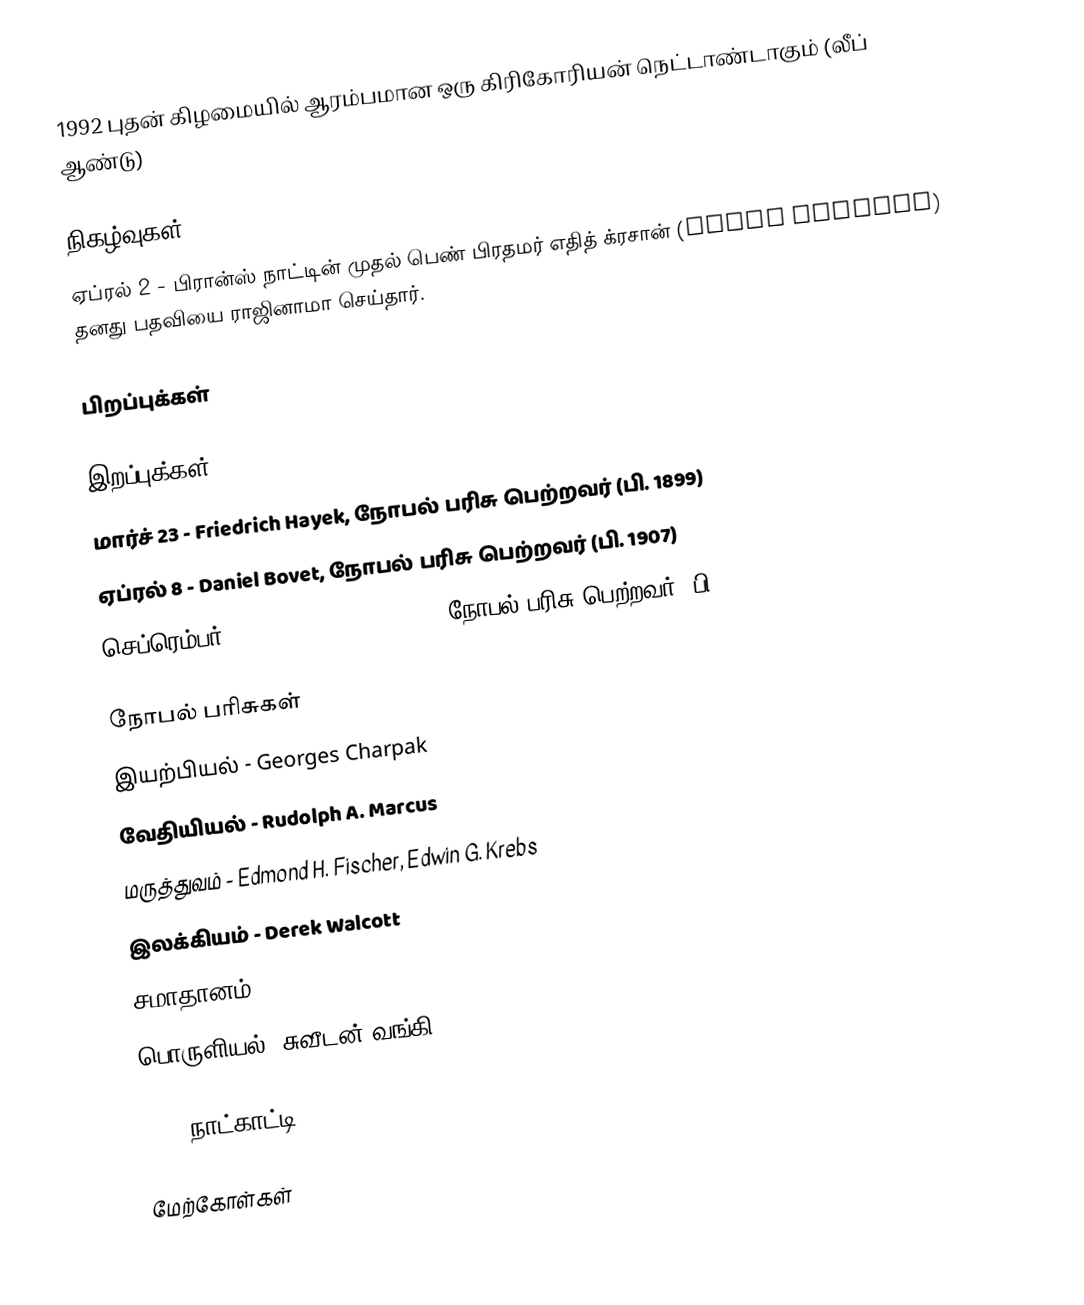
1992 புதன் கிழமையில் ஆரம்பமான ஒரு கிரிகோரியன் நெட்டாண்டாகும் (லீப் ஆண்டு)

நிகழ்வுகள்
 ஏப்ரல் 2 - பிரான்ஸ் நாட்டின் முதல் பெண் பிரதமர் எதித் க்ரசான் (Édith Cresson) தனது பதவியை ராஜினாமா செய்தார்.

பிறப்புக்கள்

இறப்புக்கள்
 மார்ச் 23 - Friedrich Hayek, நோபல் பரிசு பெற்றவர் (பி. 1899)
 ஏப்ரல் 8 - Daniel Bovet, நோபல் பரிசு பெற்றவர் (பி. 1907)
 செப்ரெம்பர் 2 - Barbara McClintock, நோபல் பரிசு பெற்றவர் (பி. 1902)

நோபல் பரிசுகள்
 இயற்பியல் - Georges Charpak
 வேதியியல் - Rudolph A. Marcus
 மருத்துவம் - Edmond H. Fischer, Edwin G. Krebs
 இலக்கியம் - Derek Walcott
 சமாதானம் - Rigoberta Menchú Tum
 பொருளியல் (சுவீடன் வங்கி) - Gary Becker

1992 நாட்காட்டி

மேற்கோள்கள்